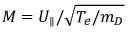
M = U _ { \parallel } / \sqrt { T _ { e } / m _ { D } }